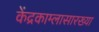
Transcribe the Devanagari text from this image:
केंद्रकाम्लासारख्या